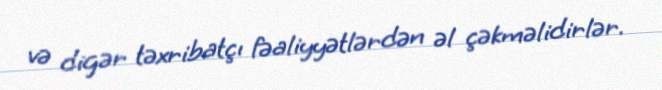
və digər təxribatçı fəaliyyətlərdən əl çəkməlidirlər.